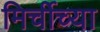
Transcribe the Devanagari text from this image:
मिर्चीच्या